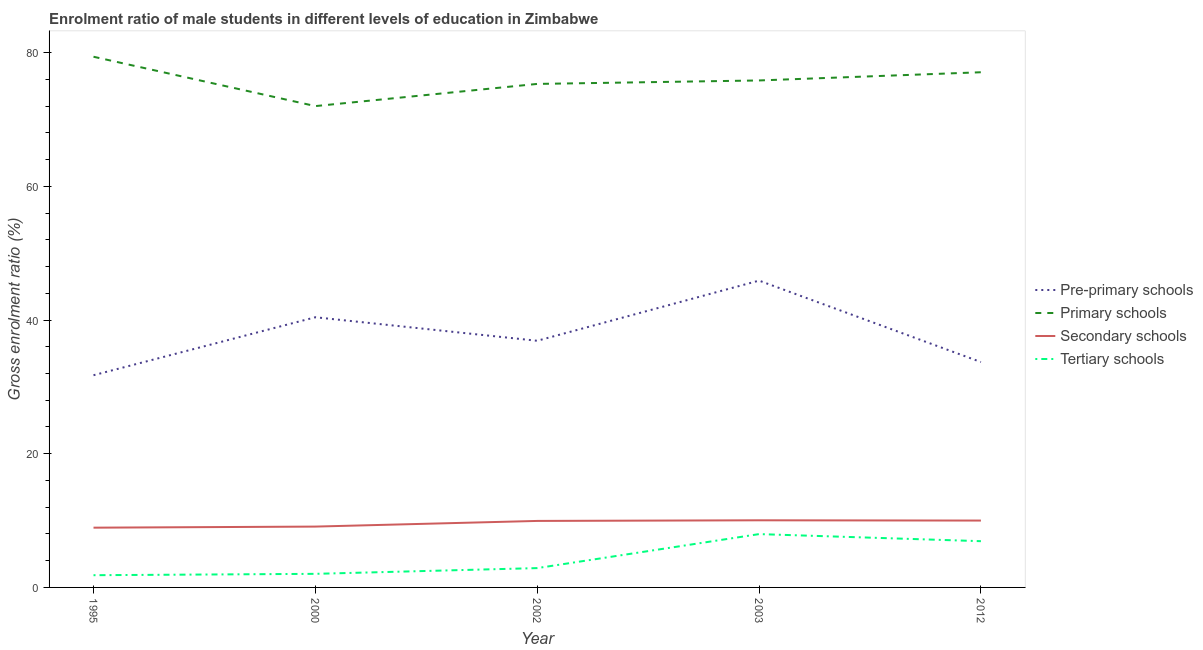
| Year | Pre-primary schools | Primary schools | Secondary schools | Tertiary schools |
 | --- | --- | --- | --- | --- |
 | 1995 | 31.7 | 79.4 | 8.94 | 1.83 |
 | 2000 | 40.4 | 72 | 9.1 | 2.03 |
 | 2002 | 36.9 | 75.3 | 9.95 | 2.89 |
 | 2003 | 45.9 | 75.8 | 10 | 7.98 |
 | 2012 | 33.7 | 77.1 | 10 | 6.92 |